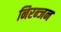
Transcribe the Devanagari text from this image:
निरन्जन